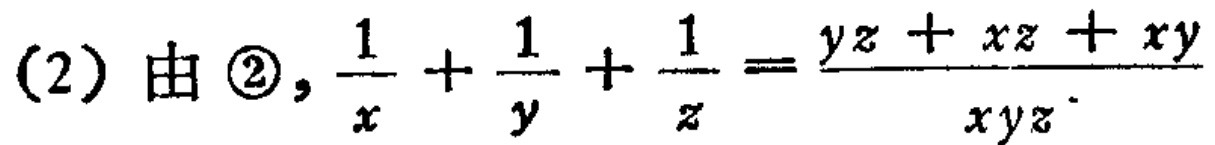
(2) 由 \textcircled{2}, $\frac{1}{x}+\frac{1}{y}+\frac{1}{z}=\frac{yz + xz+xy}{xyz}$.